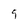
Character: 9